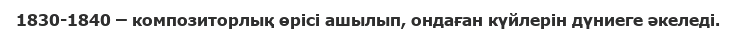
1830-1840 – композиторлық өрісі ашылып, ондаған күйлерін дүниеге әкеледі.